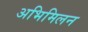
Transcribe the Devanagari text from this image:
अभिमिलन